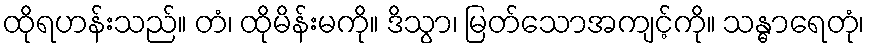
ထိုရဟန်းသည်။ တံ၊ ထိုမိန်းမကို။ ဒိသွာ၊ မြတ်သောအကျင့်ကို။ သန္ဓာရေတုံ၊